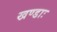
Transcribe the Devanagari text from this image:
खण्डाः